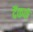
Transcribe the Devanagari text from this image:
दैंकर्क